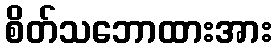
စိတ်သဘောထားအား